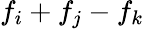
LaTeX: f_{i}+f_{j}-f_{k}